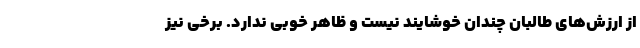
از ارزش‌های طالبان چندان خوشایند نیست و ظاهر خوبی ندارد. برخی نیز